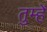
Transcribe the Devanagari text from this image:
तुम्हेँ